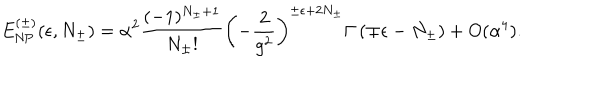
E _ { \mathrm { N P } } ^ { ( \pm ) } ( \epsilon , N _ { \pm } ) = \alpha ^ { 2 } \frac { ( - 1 ) ^ { N _ { \pm } + 1 } } { N _ { \pm } ! } \left( - \frac { 2 } { g ^ { 2 } } \right) ^ { \pm \epsilon + 2 N _ { \pm } } \Gamma \left( \mp \epsilon - N _ { \pm } \right) + O ( \alpha ^ { 4 } ) .